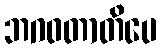
ဘဂဝတာတိပေ